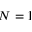
N = 1